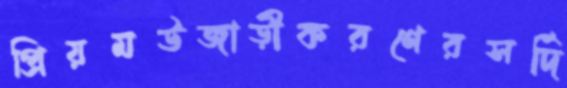
প্রিয়মউজাড়ীকরণেরসর্দি